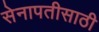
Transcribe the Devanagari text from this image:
सेनापतीसाठी